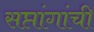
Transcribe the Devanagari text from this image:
सप्तांगांची